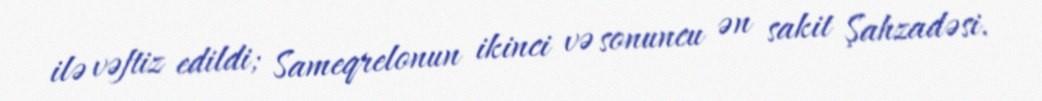
ilə vəftiz edildi; Sameqrelonun ikinci və sonuncu ən sakit Şahzadəsi.